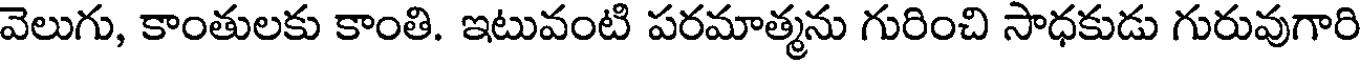
వెలుగు, కాంతులకు కాంతి. ఇటువంటి పరమాత్మను గురించి సాధకుడు గురువుగారి